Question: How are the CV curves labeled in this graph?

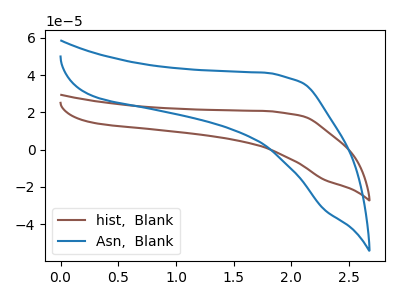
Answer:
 <answer>The brown curve is labeled "hist,  Blank". The blue curve is labeled "Asn,  Blank".</answer>
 <eval></eval>